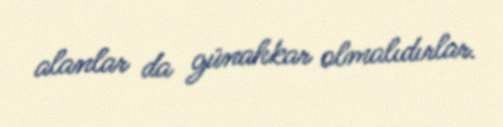
alanlar da günahkar olmalıdırlar.